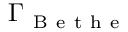
\Gamma _ { \mathrm { ~ B ~ e ~ t ~ h ~ e ~ } }